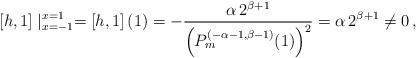
LaTeX: \begin{align*}\left[h, 1\right]\mid_{x=-1}^{x=1}=\left[h,1\right](1)=-\dfrac{\alpha\, 2^{\beta+1}}{\left(P_{m}^{(-\alpha-1,\beta-1)}(1)\right)^2} = \alpha \,2^{\beta+1}\neq 0\,,\end{align*}